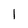
Character: 1